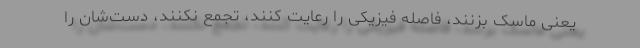
یعنی ماسک بزنند، فاصله فیزیکی را رعایت کنند، تجمع نکنند، دست‌شان را